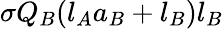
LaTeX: \sigma Q_{B}(l_{A}a_{B}+l_{B})l_{B}